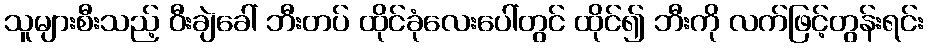
သူများစီးသည့် ဝီးချဲခေါ် ဘီးတပ် ထိုင်ခုံလေးပေါ်တွင် ထိုင်၍ ဘီးကို လက်ဖြင့်တွန်းရင်း